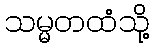
သမ္မတထံသို့